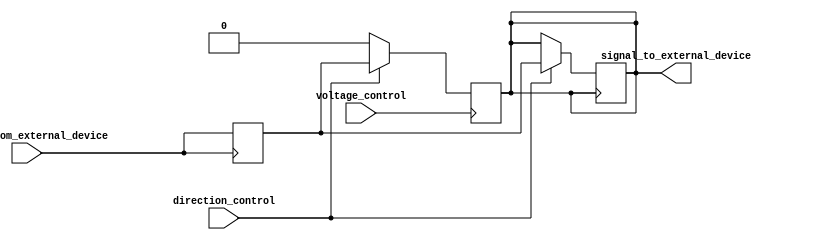
module io_blocks_ttl_buffer (
    input wire signal_from_external_device,
    output reg signal_to_external_device,
    input wire direction_control,
    input wire voltage_control
);

// Input buffer to amplify incoming signals from external devices
reg amplified_signal;
always @ (posedge signal_from_external_device) begin
    amplified_signal <= signal_from_external_device;
end

// Output buffer to drive signals to external devices
always @ (posedge signal_to_external_device) begin
    if (direction_control) begin
        signal_to_external_device <= amplified_signal;
    end
end

// Control logic to manage data flow direction and voltage levels
always @ (posedge voltage_control) begin
    if (voltage_control) begin
        if (direction_control) begin
            signal_to_external_device <= amplified_signal;
        end else begin
            signal_to_external_device <= 0;
        end
    end
end

endmodule